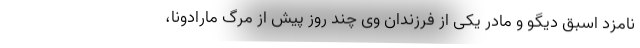
نامزد اسبق دیگو و مادر یکی از فرزندان وی چند روز پیش از مرگ مارادونا،